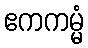
ဧကကမ္မံ